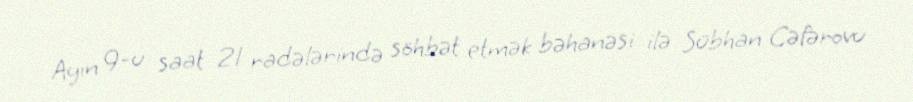
Ayın 9-u saat 21 radələrində söhbət etmək bəhanəsi ilə Sübhan Cəfərovu